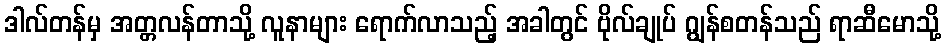
ဒါလ်တန်မှ အတ္တလန်တာသို့ လူနာများ ရောက်လာသည့် အခါတွင် ဗိုလ်ချုပ် ဂျွန်စတန်သည် ရာဆီမောသို့